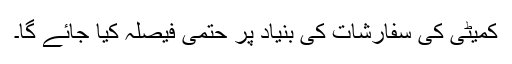
کمیٹی کی سفارشات کی بنیاد پر حتمی فیصلہ کیا جائے گا۔